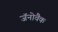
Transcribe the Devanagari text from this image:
जॅनोवैक